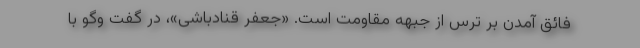
فائق آمدن بر ترس از جبهه مقاومت است. «جعفر قنادباشی»، در گفت وگو با